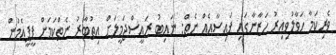
ވެރިކަމާ ހަވާލުވިއިރު ހަޒާނާގައި ފައިސާއެއް ނެތް: ނައިބު ރައީސްޖަމީލަށް އިތުބާރު ނެތްކަމަށް ޕީޕީއެމުން